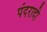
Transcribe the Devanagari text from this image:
पंदरादी